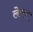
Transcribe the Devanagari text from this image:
लेचर